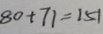
8 0 + 7 1 = 1 5 1